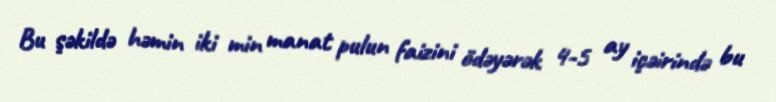
Bu şəkildə həmin iki min manat pulun faizini ödəyərək 4-5 ay içəirində bu